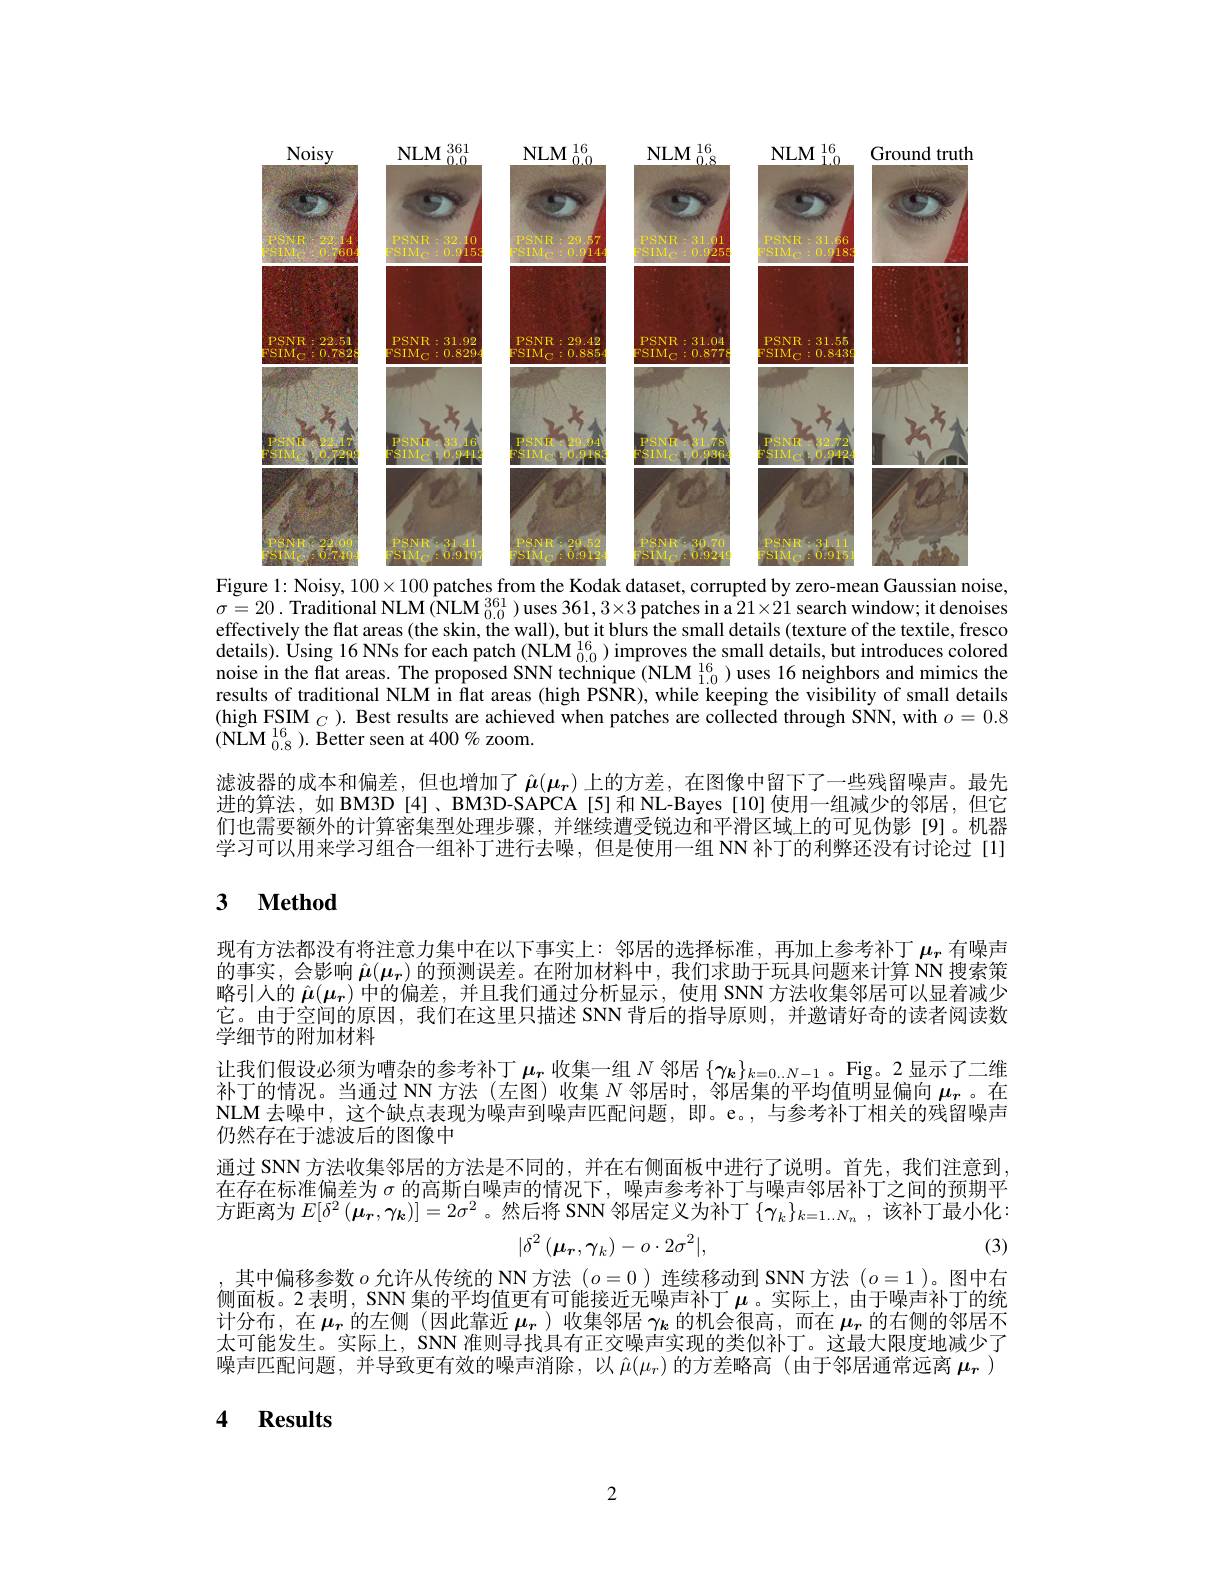
<FigureHere>

Figure 1: Noisy, $100\times100$ patches from the Kodak dataset, corrupted by zero-mean Gaussian noise,

$\sigma=20.$ Traditional NLM (NLM $_0.0^{361})$ uses $361,3\times3$ patches in a $21\times21$ search window; it denoises effectively the flat areas (the skin, the wall), but it blurs the small details (texture of the textile, fresco $details).\text{ Úsing 16 NNs for each patch (NLM }_{0.0}^{16})$ improves the small details, but introduces colored noise in the flat areas. The proposed SNN technique (NLM $_{1.0}^{16}$) uses 16 neighbors and mimics theresults of traditional NLM in flat areas (high PSNR), while keeping the visibility of small details (high FSIM $_C).$ Best results are achieved when patches are collected through SNN, with $o=0.8$ $(\mathrm{NLM}_{0.8}^{16}).$ Better seen at 400% zoom.
滤波器的成本和偏差，但也增加了$\hat{\boldsymbol{\mu}}(\boldsymbol{\mu}_r)$ 上的方差，在图像中留下了一些残留噪声。最先进的算法，如 BM3D [4]、BM3D-SAPCA [5] 和 NL-Bayes [10] 使用一组减少的邻居，但它们也需要额外的计算密集型处理步骤，并继续遭受锐边和平滑区域上的可见伪影[9]。机器学习可以用来学习组合一组补丁进行去噪，但是使用一组 NN 补丁的利弊还没有讨论过[1]

# 3 Method

现有方法都没有将注意力集中在以下事实上：邻居的选择标准，再加上参考补丁$\mu_r$有噪声的事实，会影响$\hat{\boldsymbol{\mu}}(\boldsymbol{\mu_r})$的预测误差。在附加材料中，我们求助于玩具问题来计算 NN 搜索策略引人的$\hat{\boldsymbol{\mu}}(\boldsymbol{\mu_r})$中的偏差，并且我们通过分析显示，使用 SNN 方法收集邻居可以显着减少它。由于空间的原因，我们在这里只描述 SNN 背后的指导原则，并邀请好奇的读者阅读数学细节的附加材料
让我们假设必须为嘈杂的参考补丁$\mu_r$收集一组$N$邻居$\{\boldsymbol{\gamma_k}\}_k=0..N-1$ 。Fig。2 显示了二维补丁的情况。当通过 NN 方法 (左图)收集$N$邻居时，邻居集的平均值明显偏向$\mu_r$ 。在NLM 去噪中，这个缺点表现为噪声到噪声匹配问题，即。e。, 与参考补丁相关的残留噪声仍然存在于滤波后的图像中
通过 SNN 方法收集邻居的方法是不同的，并在右侧面板中进行了说明。首先，我们注意到在存在标准偏差为$\sigma$的高斯白噪声的情况下，噪声参考补丁与噪声邻居补丁之间的预期平$\text{位于正亦旧满左乃}^{o}\text{ 的问为口来尸的情况「, 宋广多号门门 }^{\text{不户参与个旧个丁乙响可以为}}$ 方 距 离 为 $E[ \delta ^2( \boldsymbol{\underset r{\mu }}, \boldsymbol{\underset k{\gamma }}) ] = 2\sigma ^2$。然 后 将 SNN 邻 居 定 义 为 补 丁 $\left \{ \gamma _k\right \} _{k= 1. . N_n}$,该 补 丁 最 小 化 :
$$|\delta^2\left(\mu_r,\gamma_k\right)-o\cdot2\sigma^2|,$$
(3)

,其中偏移参数$o$允许从传统的 NN 方法$(o=0)$连续移动到 SNN 方法$(o=1)$。图中右侧面板。2 表明，SNN 集的平均值更有可能接近无噪声补丁$\mu$。实际上，由于噪声补丁的统计分布，在$\mu_r$的左侧 (因此靠近$\mu_r$ )收集邻居$\gamma_{k}$的机会很高，而在$\mu_r$的右侧的邻居不太可能发生。实际上，SNN 准则寻找具有正交噪声实现的类似补丁。这最大限度地减少了噪声匹配问题，并导致更有效的噪声消除，以$\hat{\mu}(\mu_r)$的方差略高 (由于邻居通常远离$\mu_r$ )

4 Results

2